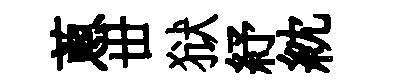
蔥丗狱紓紞